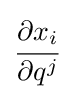
{\cfrac {\partial x_{i}}{\partial q^{j}}}